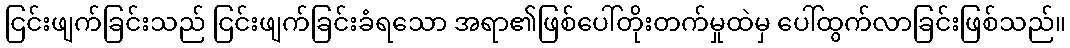
ငြင်းဖျက်ခြင်းသည် ငြင်းဖျက်ခြင်းခံရသော အရာ၏ဖြစ်ပေါ်တိုးတက်မှုထဲမှ ပေါ်ထွက်လာခြင်းဖြစ်သည်။